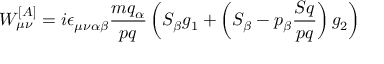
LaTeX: W _ { \mu \nu } ^ { [ A ] } = i \epsilon _ { \mu \nu \alpha \beta } \frac { m q _ { \alpha } } { p q } \left( { \cal S } _ { \beta } g _ { 1 } + \left( { \cal S } _ { \beta } - p _ { \beta } \frac { { \cal S } q } { p q } \right) g _ { 2 } \right)